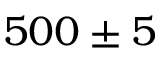
5 0 0 \pm 5